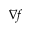
\nabla f